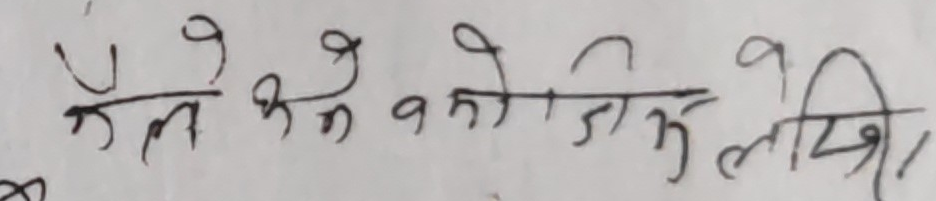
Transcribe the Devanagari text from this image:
कैले झने बाकोजिमा लेखि ।